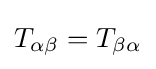
T_{\alpha \beta }=T_{\beta \alpha }